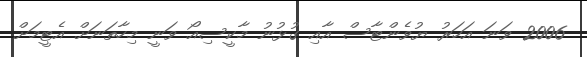
2006 ވަނަ އަހަރު ޔުވެންޓާސް އާއި ގުޅުނު މާކީސިއޯ ވަނީ މިހާތަނަށް އެޓީމަށް